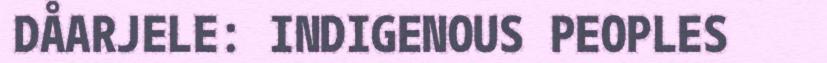
DÅARJELE: INDIGENOUS PEOPLES